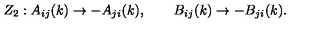
Z _ { 2 } : A _ { i j } ( k ) \rightarrow - A _ { j i } ( k ) , \qquad B _ { i j } ( k ) \rightarrow - B _ { j i } ( k ) .